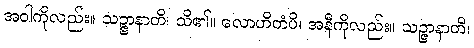
အဝါကိုလည်း။ သဉ္ဇာနာတိ၊ သိ၏။ လောဟိတံပိ၊ အနီကိုလည်း။ သဉ္ဇာနာတိ၊